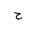
Letter: _ha